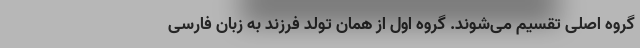
گروه اصلی تقسیم می‌شوند. گروه اول از همان تولد فرزند به زبان فارسی